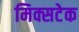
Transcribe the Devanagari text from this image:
मिक्सटेक